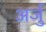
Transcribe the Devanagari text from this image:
अर्जु